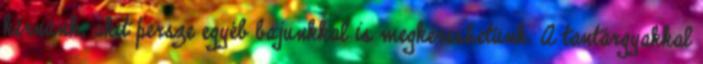
kérnünk, akit persze egyéb bajunkkal is megkereshetünk. A tantárgyakkal